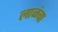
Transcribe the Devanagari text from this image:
लाळंचा